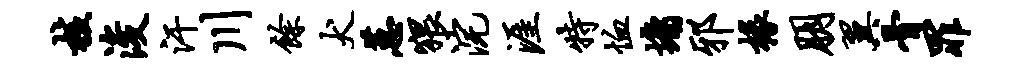
核浚汗川余犬蕙猥浣涯特恤墉邪椽朋翼骨罪